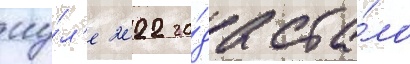
иу́л'е 2022 го́да ста́ло